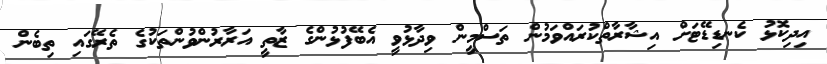
އިދިކޮޅު ކެނޑިޑޭޓަށް އިޝާރާތްކުރައްވަމުން ތަސްމީން ވިދާޅުވީ އެބޭފުޅުންގެ ޒާތީ އަރާރުންވުންތަކުގެ ތެރޭގައި ތިބެން